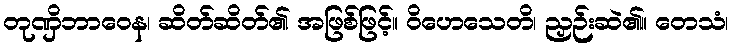
တုဏှိဘာဝေန၊ ဆိတ်ဆိတ်၏ အဖြစ်ဖြင့်။ ဝိဟေသေတိ၊ ညှဉ်းဆဲ၏။ တေသံ၊